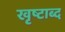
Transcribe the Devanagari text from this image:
खृष्टाब्द